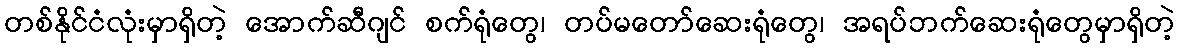
တစ်နိုင်ငံလုံးမှာရှိတဲ့ အောက်ဆီဂျင် စက်ရုံတွေ၊ တပ်မတော်ဆေးရုံတွေ၊ အရပ်ဘက်ဆေးရုံတွေမှာရှိတဲ့